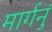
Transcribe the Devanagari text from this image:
मार्गनुं